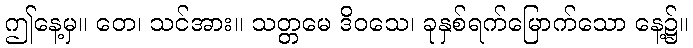
ဤနေ့မှ။ တေ၊ သင်အား။ သတ္တမေ ဒိဝသေ၊ ခုနှစ်ရက်မြောက်သော နေ့၌။